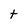
Character: t